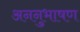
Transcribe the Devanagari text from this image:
अननुभाषण